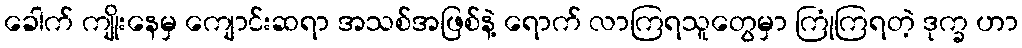
ခေါက် ကျိုးနေမှ ကျောင်းဆရာ အသစ်အဖြစ်နဲ့ ရောက် လာကြရသူတွေမှာ ကြုံကြရတဲ့ ဒုက္ခ ဟာ